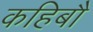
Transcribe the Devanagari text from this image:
कहिबौ